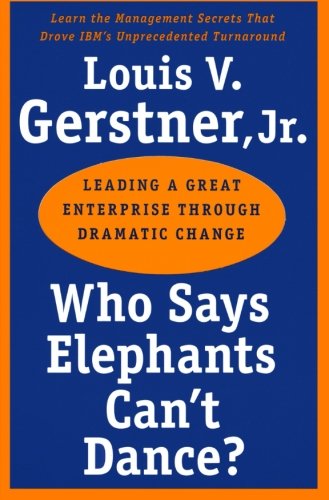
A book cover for Who Says Elephants Can't Dance?: Leading a Great Enterprise through Dramatic Change; Louis V., Jr. Gerstner; Computers & Technology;